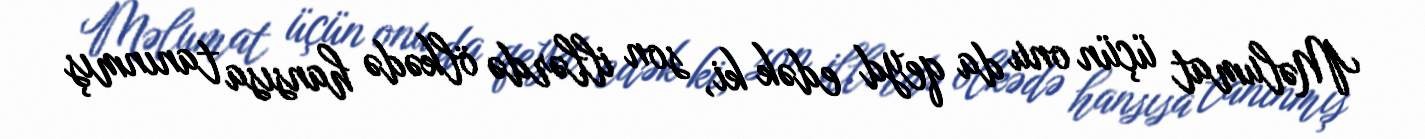
Məlumat üçün onu da qeyd edək ki, son illərdə ölkədə hansısa tanınmış